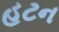
હટન